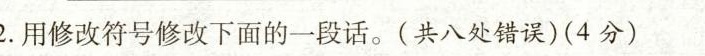
2.用修改符号修改下面的一段话。(共八处错误)(4分)